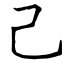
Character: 己